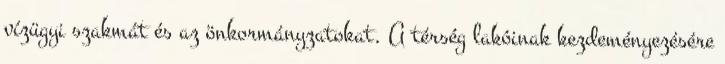
vízügyi szakmát és az önkormányzatokat. A térség lakóinak kezdeményezésére